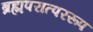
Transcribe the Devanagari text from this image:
ब्रह्मपरात्पररूप